Civil Veterinary Department Bengal reports 1923-33 - 1923-1933
Year: 1923
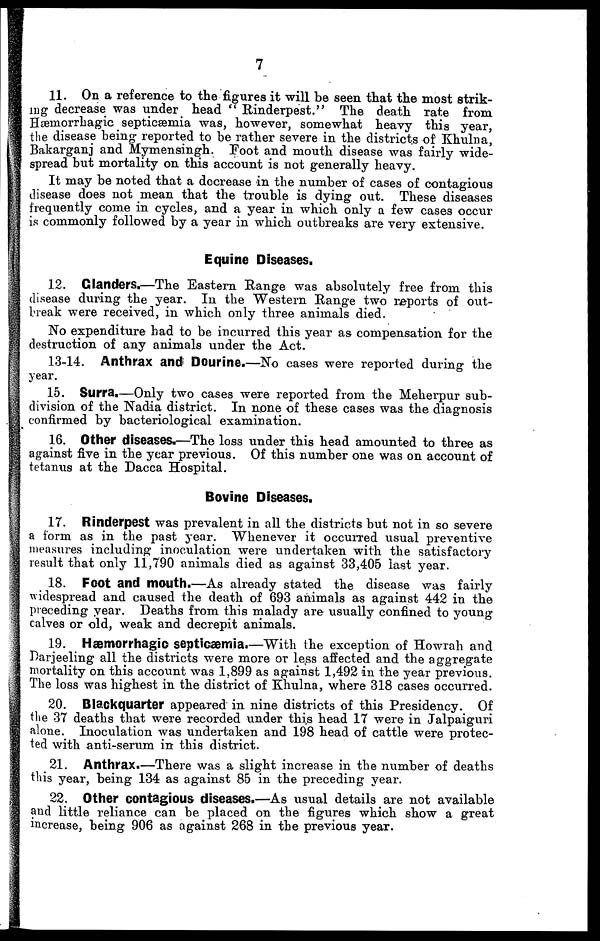
7
11. On a reference to the figures it will be seen that the most strik-
ing decrease was under head " Rinderpest." The death rate from
Hæmorrhagic septicæmia was, however, somewhat heavy this year,
the disease being reported to be rather severe in the districts of Khulna,
Bakarganj and Mymensingh. Foot and mouth disease was fairly wide-
spread but mortality on this account is not generally heavy.
It may be noted that a decrease in the number of cases of contagious
disease does not mean that the trouble is dying out. These diseases
frequently come in cycles, and a year in which only a few cases occur
is commonly followed by a year in which outbreaks are very extensive.
Equine Diseases.
12. Glanders.—The Eastern Range was absolutely free from this
disease during the year. In the Western Range two reports of out-
break were received, in which only three animals died.
No expenditure had to be incurred this year as compensation for the
destruction of any animals under the Act.
13-14. Anthrax and Dourine.—No cases were reported during the
year.
15. Surra.—Only two cases were reported from the Meherpur sub-
division of the Nadia district. In none of these cases was the diagnosis
confirmed by bacteriological examination.
16. Other diseases.—The loss under this head amounted to three as
against five in the year previous. Of this number one was on account of
tetanus at the Dacca Hospital.
Bovine Diseases.
17. Rinderpest was prevalent in all the districts but not in so severe
a form as in the past year. Whenever it occurred usual preventive
measures including inoculation were undertaken with the satisfactory
result that only 11,790 animals died as against 33,405 last year.
18. Foot and mouth.—As already stated the disease was fairly
widespread and caused the death of 693 animals as against 442 in the
preceding year. Deaths from this malady are usually confined to young
calves or old, weak and decrepit animals.
19. Hæmorrhagic septicæmia.—With the exception of Howrah and
Darjeeling all the districts were more or less affected and the aggregate
mortality on this account was 1,899 as against 1,492 in the year previous.
The loss was highest in the district of Khulna, where 318 cases occurred.
20. Blackquarter appeared in nine districts of this Presidency. Of
the 37 deaths that were recorded under this head 17 were in Jalpaiguri
alone. Inoculation was undertaken and 198 head of cattle were protec-
ted with anti-serum in this district.
21. Anthrax.—There was a slight increase in the number of deaths
this year, being 134 as against 85 in the preceding year.
22. Other contagious diseases.—As usual details are not available
and little reliance can be placed on the figures which show a great
increase, being 906 as against 268 in the previous year.